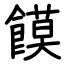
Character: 饃